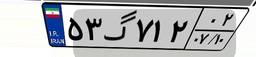
۵۳گ۷۱۲۰۲